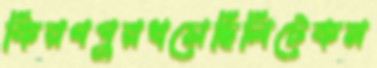
কিরণপুরখসেছিলিটেকম